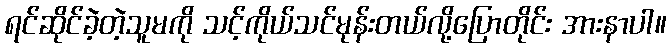
ရင်ဆိုင်ခဲ့တဲ့သူမကို သင့်ကိုယ်သင်မုန်းတယ်လို့ပြောတိုင်း အားနာပါ။